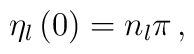
\eta_l\left(0\right)=n_l\pi\,,